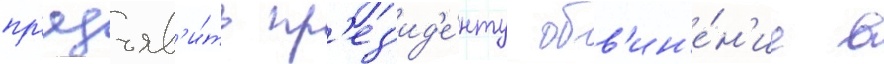
пр'едъяв'и́ть пр'ез'ид'е́нту обв'ин'е́н'ие в